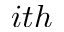
i t h